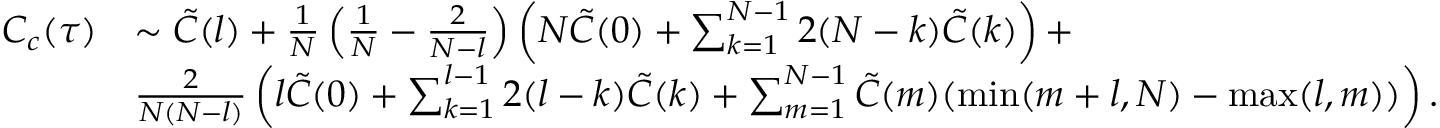
\begin{array} { r l } { C _ { c } ( \tau ) } & { \sim \tilde { C } ( l ) + \frac { 1 } { N } \left( \frac { 1 } { N } - \frac { 2 } { N - l } \right) \left( N \tilde { C } ( 0 ) + \sum _ { k = 1 } ^ { N - 1 } 2 ( N - k ) \tilde { C } ( k ) \right) + } \\ & { \frac { 2 } { N ( N - l ) } \left( l \tilde { C } ( 0 ) + \sum _ { k = 1 } ^ { l - 1 } 2 ( l - k ) \tilde { C } ( k ) + \sum _ { m = 1 } ^ { N - 1 } \tilde { C } ( m ) ( \operatorname* { m i n } ( m + l , N ) - \operatorname* { m a x } ( l , m ) ) \right) . } \end{array}